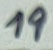
Text: 19